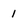
Character: 1